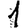
Digit: 1